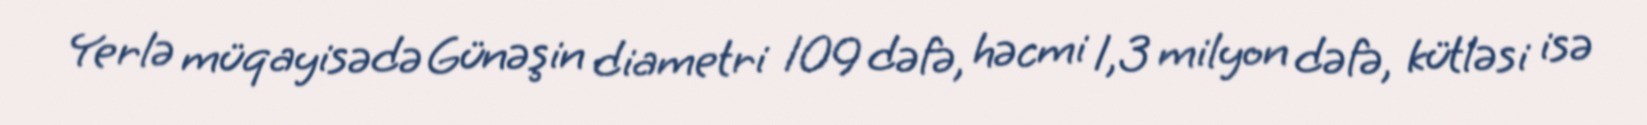
Yerlə müqayisədə Günəşin diametri 109 dəfə, həcmi 1,3 milyon dəfə, kütləsi isə